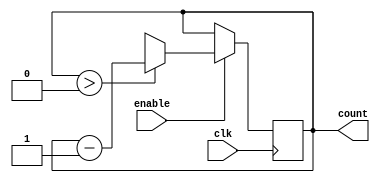
module binary_down_counter(
  input wire clk,
  input wire enable,
  output reg [3:0] count
);

  reg [3:0] preset_value;

  always @(posedge clk) begin
    if(enable) begin
      if(count > 0) begin
        count <= count - 1;
      end else begin
        count <= preset_value;
      end
    end
  end

endmodule